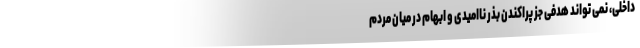
داخلی، نمی تواند هدفی جز پراکندن بذر ناامیدی و ابهام در میان مردم